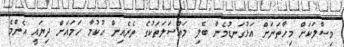
މިސާލަކަށް މިހާތަނަށް އަޅުގަނޑުމެން ބެލި މައްސަލަތަކުގެ ތެރެއިން ހުކުމާ ހަމައަށް ދިޔައީ އެންމެ